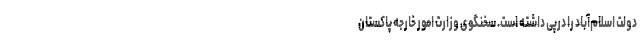
دولت اسلام‌آباد را درپی داشته است. سخنگوی وزارت امور خارجه پاکستان